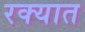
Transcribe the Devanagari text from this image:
रक्यात